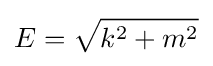
E={\sqrt {k^{2}+m^{2}}}